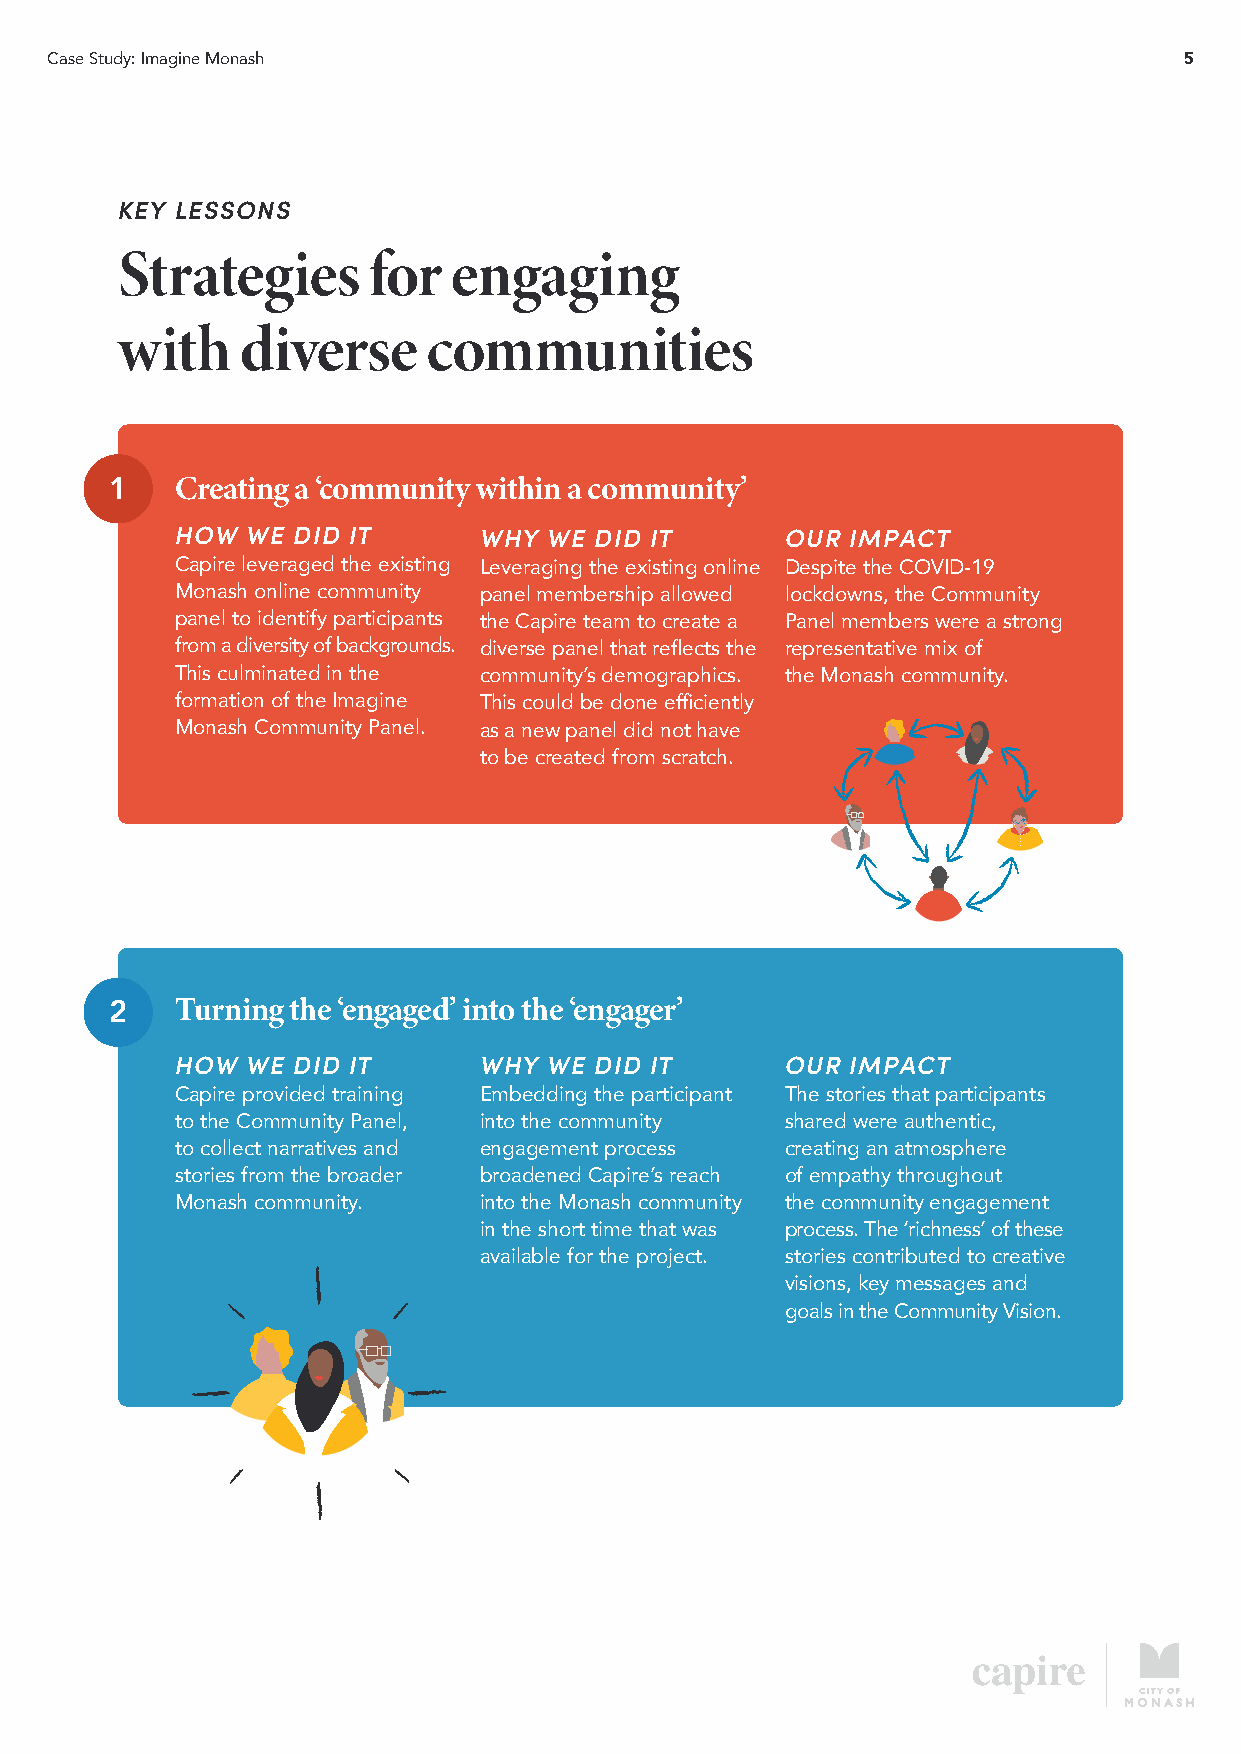
Case Study: Imagine Monash                                                 5
 KEY LESSONS
 Strategies      for   engaging
 with    diverse     communities
 1    Creating a ‘community within a community’
 HOW WE DID IT       WHY WE DID IT       OUR IMPACT
 Capire leveraged the existing Leveraging the existing online Despite the COVID-19
 Monash online community panel membership allowed lockdowns, the Community
 panel to identify participants the Capire team to create a Panel members were a strong
 from a diversity of backgrounds. diverse panel that reflects the representative mix of
 This culminated in the community’s demographics. the Monash community.
 formation of the Imagine This could be done efficiently
 Monash Community Panel. as a new panel did not have
 to be created from scratch.
 2    Turning the ‘engaged’ into the ‘engager’
 HOW WE DID IT       WHY WE DID IT       OUR IMPACT
 Capire provided training Embedding the participant The stories that participants
 to the Community Panel, into the community shared were authentic,
 to collect narratives and engagement process creating an atmosphere
 stories from the broader broadened Capire’s reach of empathy throughout
 Monash community.   into the Monash community the community engagement
 in the short time that was process. The ‘richness’ of these
 available for the project. stories contributed to creative
 visions, key messages and
 goals in the Community Vision.